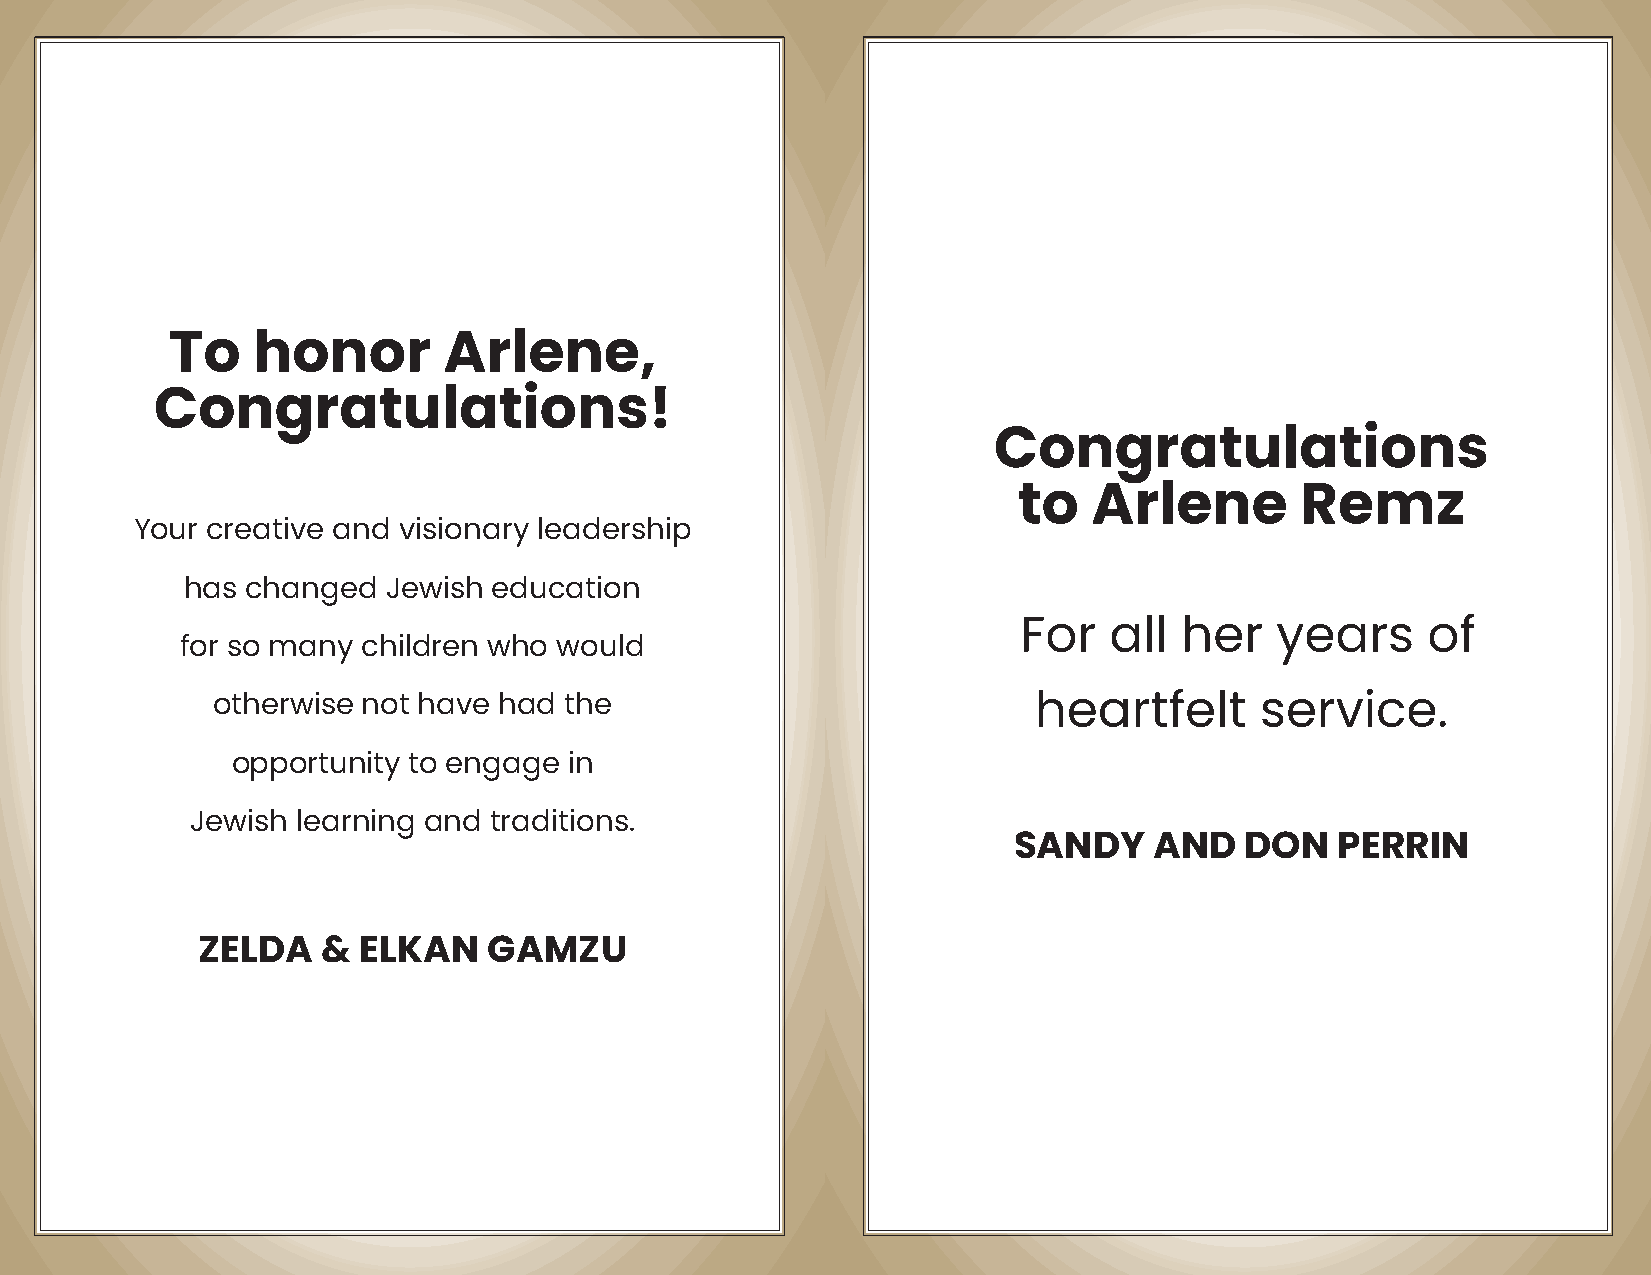
To    honor       Arlene,
 Congratulations!
 Congratulations
 to   Arlene        Remz
 Your creative and visionary leadership
 has changed   Jewish education
 For  all  her   years     of
 for so many children who would
 otherwise not have had the                            heartfelt      service.
 opportunity to engage  in
 Jewish learning and traditions.
 SANDY    AND   DON   PERRIN
 ZELDA   &  ELKAN   GAMZU